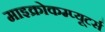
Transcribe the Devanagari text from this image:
माइक्रोकम्प्यूटर्स